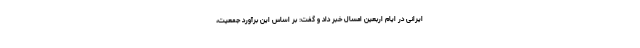
ایرانی در ایام اربعین امسال خبر داد و گفت: بر اساس این برآورد جمعیت،